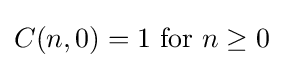
C(n,0)=1{\text{ for }}n\geq 0